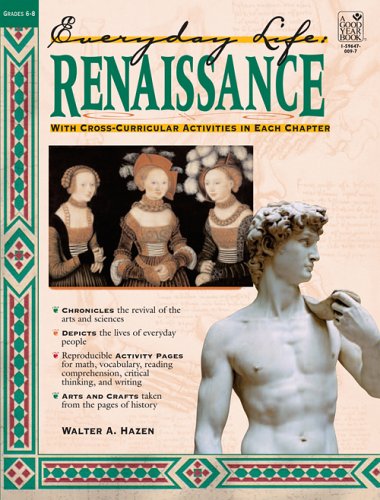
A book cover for Renaissance: Everyday Life (Everyday Life (Good Year Books)); Walter Hazen; Children's Books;